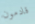
قادمون